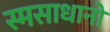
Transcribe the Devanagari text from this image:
स्मसाधानो